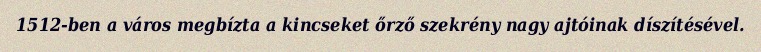
1512-ben a város megbízta a kincseket őrző szekrény nagy ajtóinak díszítésével.